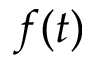
f ( t )